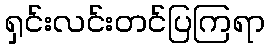
ရှင်းလင်းတင်ပြကြရာ